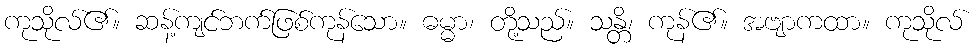
ကုသိုလ်၏။ ဆန့်ကျင်ဘက်ဖြစ်ကုန်သော။ ဓမ္မာ၊ တို့သည်။ သန္တိ၊ ကုန်၏။ အဗျာကထာ။ ကုသိုလ်